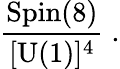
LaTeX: {\frac{\mathrm{Spin}(8)}{[\mathrm{U}(1)]^{4}}}\; .